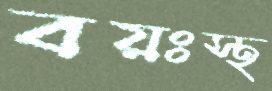
বয়ঃস্থ